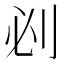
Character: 𠛡